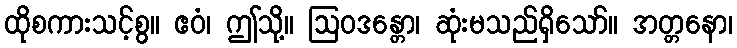
ထိုစကားသင့်စွ။ ဧဝံ၊ ဤသို့။ ဩဝဒန္တော၊ ဆုံးမသည်ရှိသော်။ အတ္တနော၊